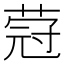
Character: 蒄